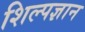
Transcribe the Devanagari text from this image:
शिल्पज्ञान